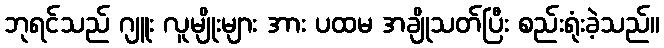
ဘုရင်သည် ဂျူး လူမျိုးများ အား ပထမ အချိုသတ်ပြီး စည်းရုံးခဲ့သည်။